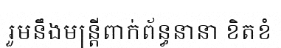
រួមនឹងមន្ត្រីពាក់ព័ន្ធនានា ខិតខំ